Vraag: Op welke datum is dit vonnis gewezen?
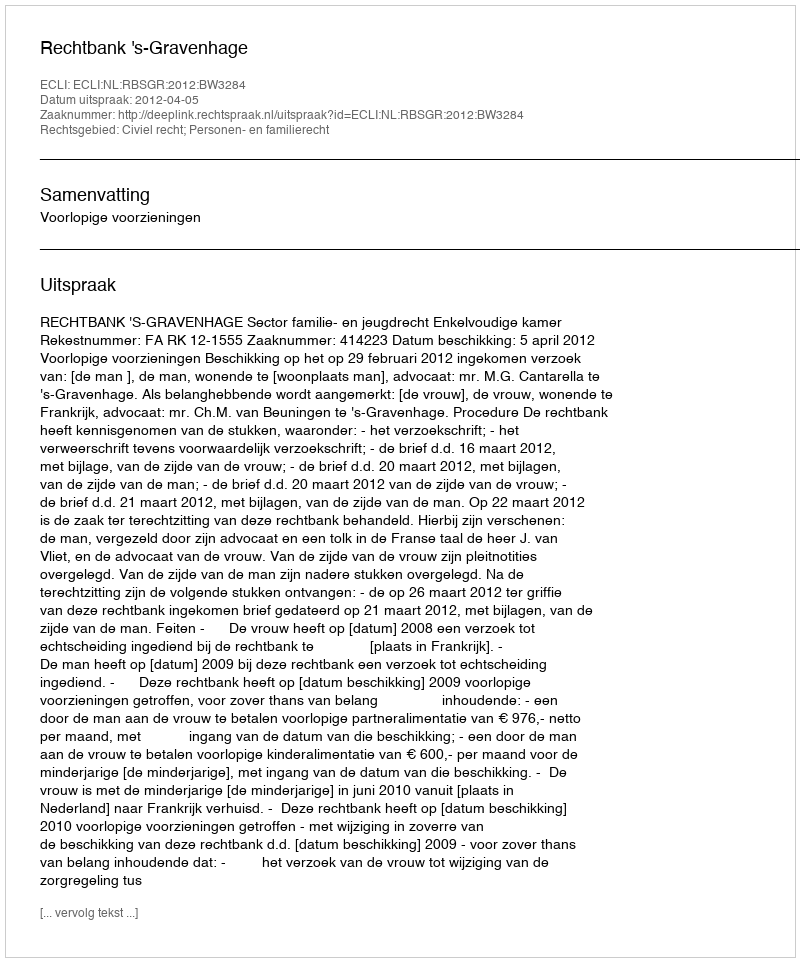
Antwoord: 2012-04-05